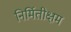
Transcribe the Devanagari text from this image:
निर्मितीक्षम